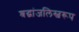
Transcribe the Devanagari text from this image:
श्रद्धांजलिस्वरूप